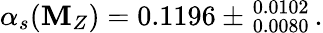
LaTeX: \alpha_{s}(\mathbf{M}_{Z})=0.1196\pm_{\; 0.0080}^{\; 0.0102}\, .